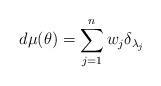
LaTeX: \begin{align*} d\mu(\theta) = \sum_{j=1}^{n} w_j \delta_{\lambda_j} \end{align*}